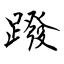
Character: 蹳